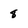
Character: 8